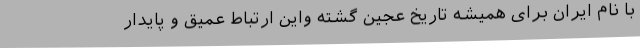
با نام ایران برای همیشه تاریخ عجین گشته واين ارتباط عميق و پايدار